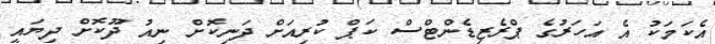
އެކަމަކު އެ އަހަރުގެ ޕްރެޒިޑެންޓްސް ކަޕް ކުރިއަށް ދަނިކޮށް ނިއު ދޫކޮށް ދިޔައީ